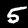
Label: 5